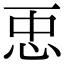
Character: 𢘑